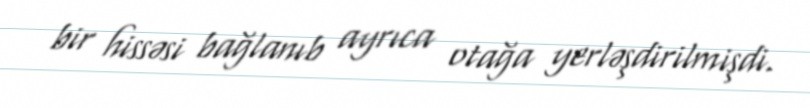
bir hissəsi bağlanıb ayrıca otağa yerləşdirilmişdi.